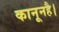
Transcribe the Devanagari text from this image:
कानूनहै।